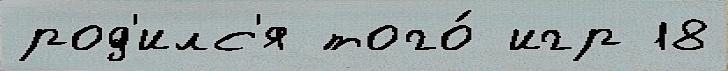
род'илс'я того́ игр 18